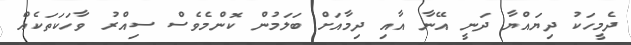
ދެމީހަކު ދިޔައްޔާ ދަނީ އޭނާ އާއި ދިމާއަށް ބަލަމުން ކޮންމެވެސް ސިއްރު ވާހަކަތަކެއް